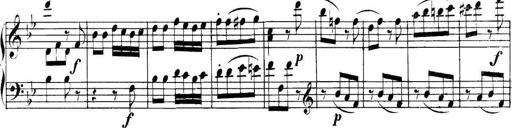
Title: Collected Piano Sonatas
Composer: Muzio Clementi